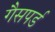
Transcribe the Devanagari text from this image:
गैसपर्ड